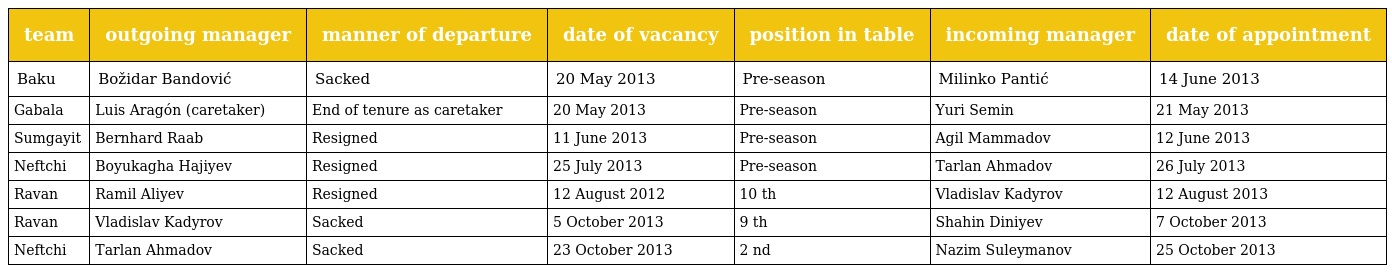
| team | outgoing manager | manner of departure | date of vacancy | position in table | incoming manager | date of appointment |
 | --- | --- | --- | --- | --- | --- | --- |
 | Baku | Božidar Bandović | Sacked | 20 May 2013 | Pre-season | Milinko Pantić | 14 June 2013 |
 | Gabala | Luis Aragón (caretaker) | End of tenure as caretaker | 20 May 2013 | Pre-season | Yuri Semin | 21 May 2013 |
 | Sumgayit | Bernhard Raab | Resigned | 11 June 2013 | Pre-season | Agil Mammadov | 12 June 2013 |
 | Neftchi | Boyukagha Hajiyev | Resigned | 25 July 2013 | Pre-season | Tarlan Ahmadov | 26 July 2013 |
 | Ravan | Ramil Aliyev | Resigned | 12 August 2012 | 10 th | Vladislav Kadyrov | 12 August 2013 |
 | Ravan | Vladislav Kadyrov | Sacked | 5 October 2013 | 9 th | Shahin Diniyev | 7 October 2013 |
 | Neftchi | Tarlan Ahmadov | Sacked | 23 October 2013 | 2 nd | Nazim Suleymanov | 25 October 2013 |